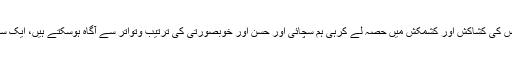
زندگی سے بھاگ کر نہیں بلکہ اس سے بے قرار ہر دم بدلتی ہوئی زندگی کے درمیان کھڑے ہوکر اس کی کشاکش اور کشمکش میں حصہ لے کرہی ہم سچائی اور حسن اور خوبصورتی کی ترتیب وتواتر سے آگاہ ہوسکتے ہیں، ایک سچے ادب، ایک حسین ادب، ایک خوبصورت اور توانا ادب کی تعمیر کسی اور ڈھنگ سے ممکن نہیں!